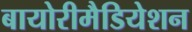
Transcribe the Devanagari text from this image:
बायोरीमैडियेशन